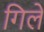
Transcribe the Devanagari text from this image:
गिले